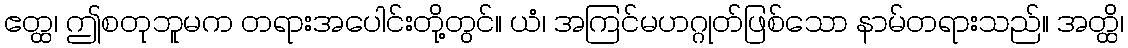
ဧတ္ထ၊ ဤစတုဘူမက တရားအပေါင်းတို့တွင်။ ယံ၊ အကြင်မဟဂ္ဂုတ်ဖြစ်သော နာမ်တရားသည်။ အတ္ထိ၊